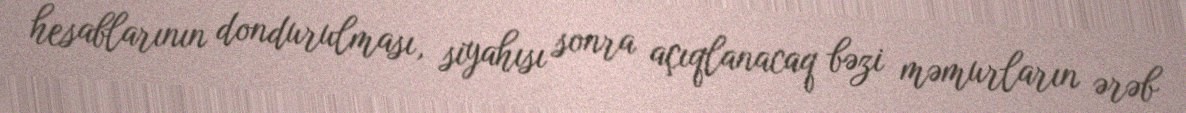
hesablarının dondurulması, siyahısı sonra açıqlanacaq bəzi məmurların ərəb